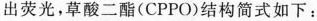
出荧光，草酸二酯(CPPO)结构简式如下：